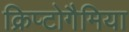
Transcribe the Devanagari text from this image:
क्रिप्टोगैमिया